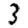
Digit: 3